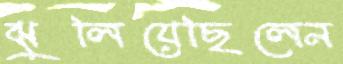
ঝুলিয়েছিলেন